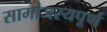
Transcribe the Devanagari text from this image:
सामांजस्यपूर्ण